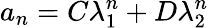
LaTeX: a_{n}=C\lambda_{1}^{n}+D\lambda_{2}^{n}